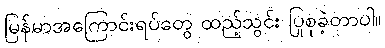
မြန်မာအကြောင်းရပ်တွေ ထည့်သွင်း ပြုစုခဲ့တာပါ။